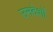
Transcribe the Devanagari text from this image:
उनदेशों